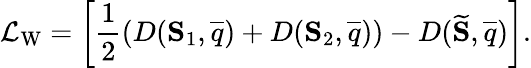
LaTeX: \mathcal{L}_{\mathrm{W}}=\left[\frac{1}{2}\left(D(\mathbf{S}_{1},\overline{{q}})+D(\mathbf{S}_{2},\overline{{q}})\right)-D(\widetilde{\mathbf{S}},\overline{{q}})\right].